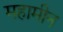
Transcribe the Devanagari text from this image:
महामीन